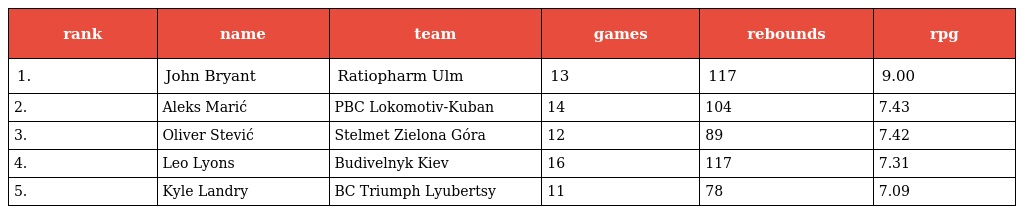
| rank | name | team | games | rebounds | rpg |
 | --- | --- | --- | --- | --- | --- |
 | 1. | John Bryant | Ratiopharm Ulm | 13 | 117 | 9.00 |
 | 2. | Aleks Marić | PBC Lokomotiv-Kuban | 14 | 104 | 7.43 |
 | 3. | Oliver Stević | Stelmet Zielona Góra | 12 | 89 | 7.42 |
 | 4. | Leo Lyons | Budivelnyk Kiev | 16 | 117 | 7.31 |
 | 5. | Kyle Landry | BC Triumph Lyubertsy | 11 | 78 | 7.09 |